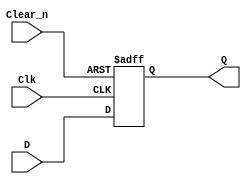
module D_FF_behavior(
    input D,
    input Clk,
    input Clear_n,
    output reg Q
    );
    always @(posedge Clk or negedge Clear_n)
    begin
        if(~Clear_n)
            Q<=0;
        else if (Clk)
            Q<=D;
    end
endmodule

module T_FF_useD_dataflow(
    input T,
    input Clk,
    input Clear_n,
    output Q
    );
    D_FF_behavior DFF (T^Q,Clk,Clear_n,Q);
endmodule

module lab6_2_2(
    input Clk,
    input Clear_n,
    input Enable,
    output [7:0] Q
    );
    wire[6:0] l;
        T_FF_useD_dataflow T0 (Enable,Clk,Clear_n,Q[0]);
        assign l[0]=Q[0]&Enable;
        T_FF_useD_dataflow T1 (l[0],Clk,Clear_n,Q[1]);
        assign l[1]=Q[1]&l[0];
        T_FF_useD_dataflow T2 (l[1],Clk,Clear_n,Q[2]);
        assign l[2]=Q[2]&l[1];
        T_FF_useD_dataflow T3 (l[2],Clk,Clear_n,Q[3]);
        assign l[3]=Q[3]&l[2];
        T_FF_useD_dataflow T4 (l[3],Clk,Clear_n,Q[4]);
        assign l[4]=Q[4]&l[3];
        T_FF_useD_dataflow T5 (l[4],Clk,Clear_n,Q[5]);
        assign l[5]=Q[5]&l[4];
        T_FF_useD_dataflow T6 (l[5],Clk,Clear_n,Q[6]);
        assign l[6]=Q[6]&l[5];
        T_FF_useD_dataflow T7 (l[6],Clk,Clear_n,Q[7]);
endmodule